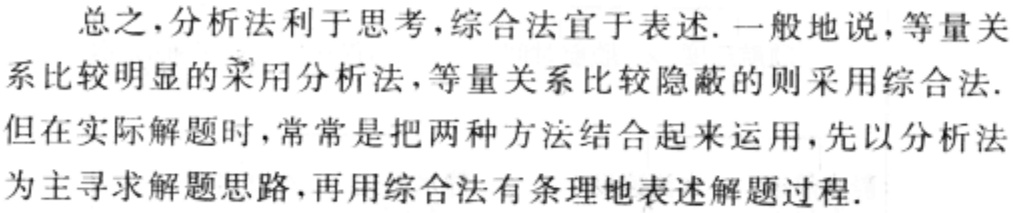
总之，分析法利于思考，综合法宜于表述. 一般地说，等量关系比较明显的采用分析法，等量关系比较隐蔽的则采用综合法. 但在实际解题时，常常是把两种方法结合起来运用，先以分析法为主寻求解题思路，再用综合法有条理地表述解题过程.